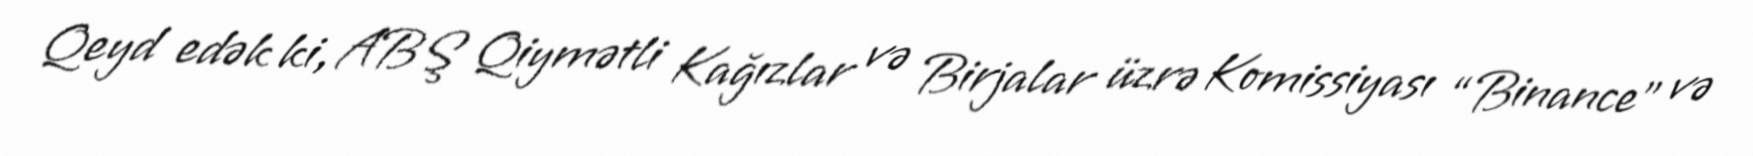
Qeyd edək ki, ABŞ Qiymətli Kağızlar və Birjalar üzrə Komissiyası “Binance” və